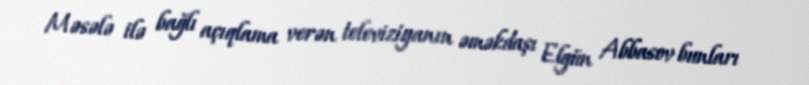
Məsələ ilə bağlı açıqlama verən televiziyanın əməkdaşı Elgün Abbasov bunları